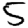
Digit: 5